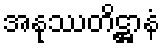
အနုဿတိဋ္ဌာနံ